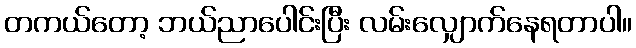
တကယ်တော့ ဘယ်ညာပေါင်းပြီး လမ်းလျှောက်နေရတာပါ။